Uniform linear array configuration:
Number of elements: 48
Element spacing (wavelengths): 0.5
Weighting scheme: uniform
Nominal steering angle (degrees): -45
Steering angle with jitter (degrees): -45.493
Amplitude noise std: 0.05
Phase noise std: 0.05

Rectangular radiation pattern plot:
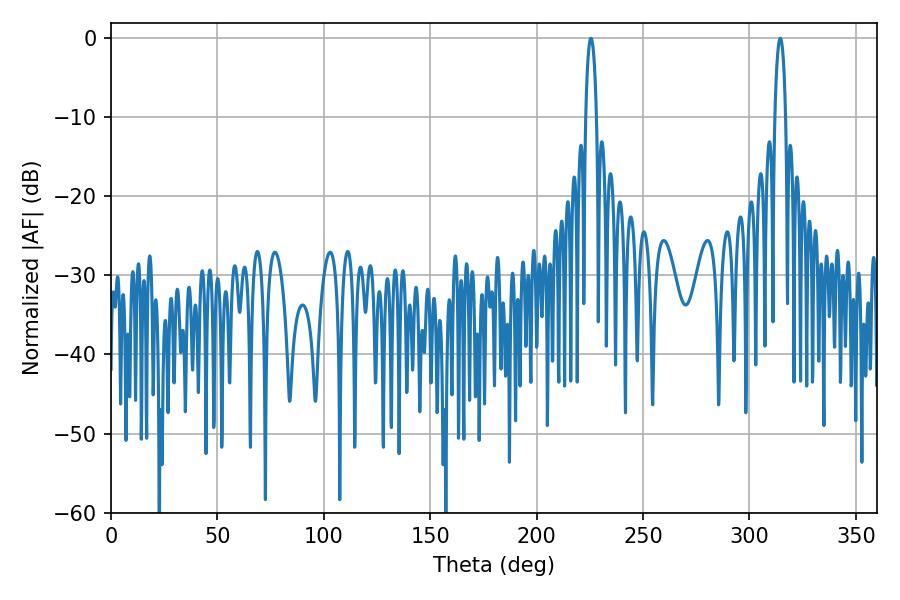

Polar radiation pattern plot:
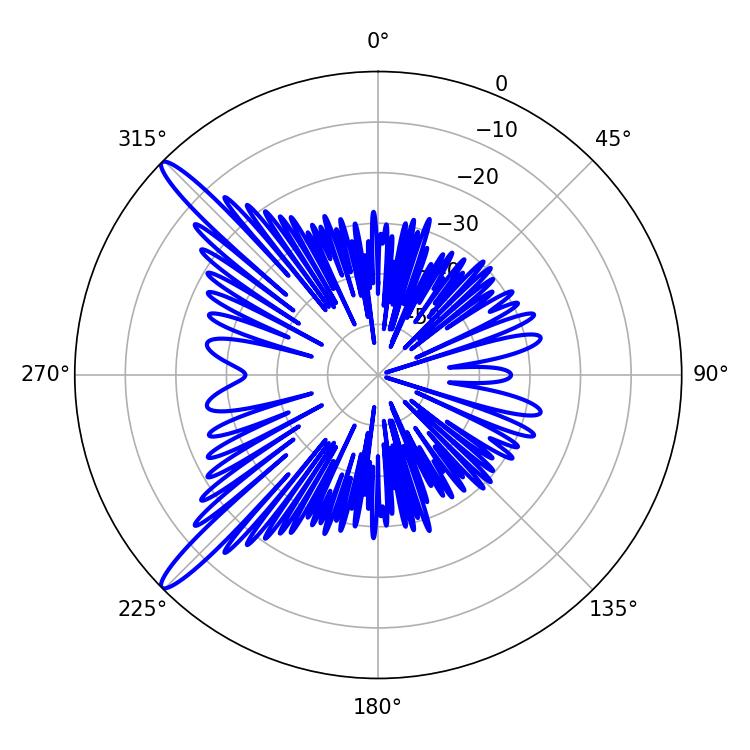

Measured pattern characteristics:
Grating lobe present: FALSE
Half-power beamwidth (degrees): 2.88
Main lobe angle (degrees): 225.54